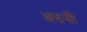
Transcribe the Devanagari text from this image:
अदनी